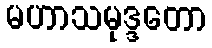
မဟာသမုဒ္ဒတော